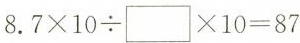
8.7\times10\div \Box\times10=87